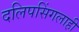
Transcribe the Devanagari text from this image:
दलिपसिंगलाही